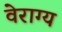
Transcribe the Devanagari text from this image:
वेराग्य